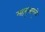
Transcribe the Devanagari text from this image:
महसुलामुळे